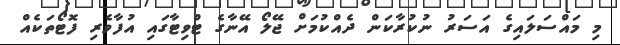
މި މައްސަލައިގެ އަސަރު ނުކުރާކަން ދެއްކުމަށް ޖޭލޯ އޭނާގެ ޓްވިޓާގައި އުފާވެރި ފޮޓޯތަކެއް